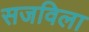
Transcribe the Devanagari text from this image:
सजविला